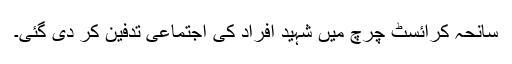
سانحہ کرائسٹ چرچ میں شہید افراد کی اجتماعی تدفین کر دی گئی۔